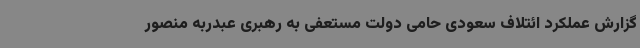
گزارش عملکرد ائتلاف سعودی حامی دولت مستعفی به رهبری عبدربه منصور